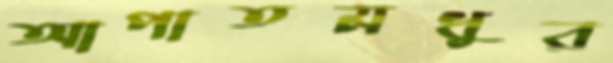
আপাতমধুর